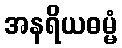
အနရိယဓမ္မံ